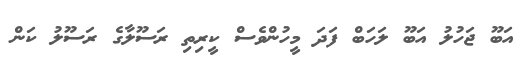
އަބޫ ޖަހުލު އަބޫ ލަހަބް ފަދަ މީހުންވެސް ކީރިތި ރަސޫލާގެ ރަސޫލު ކަން